65_HS1-834228961_62-HQ-83894_Serial_130
Agency: FBI
Page 44
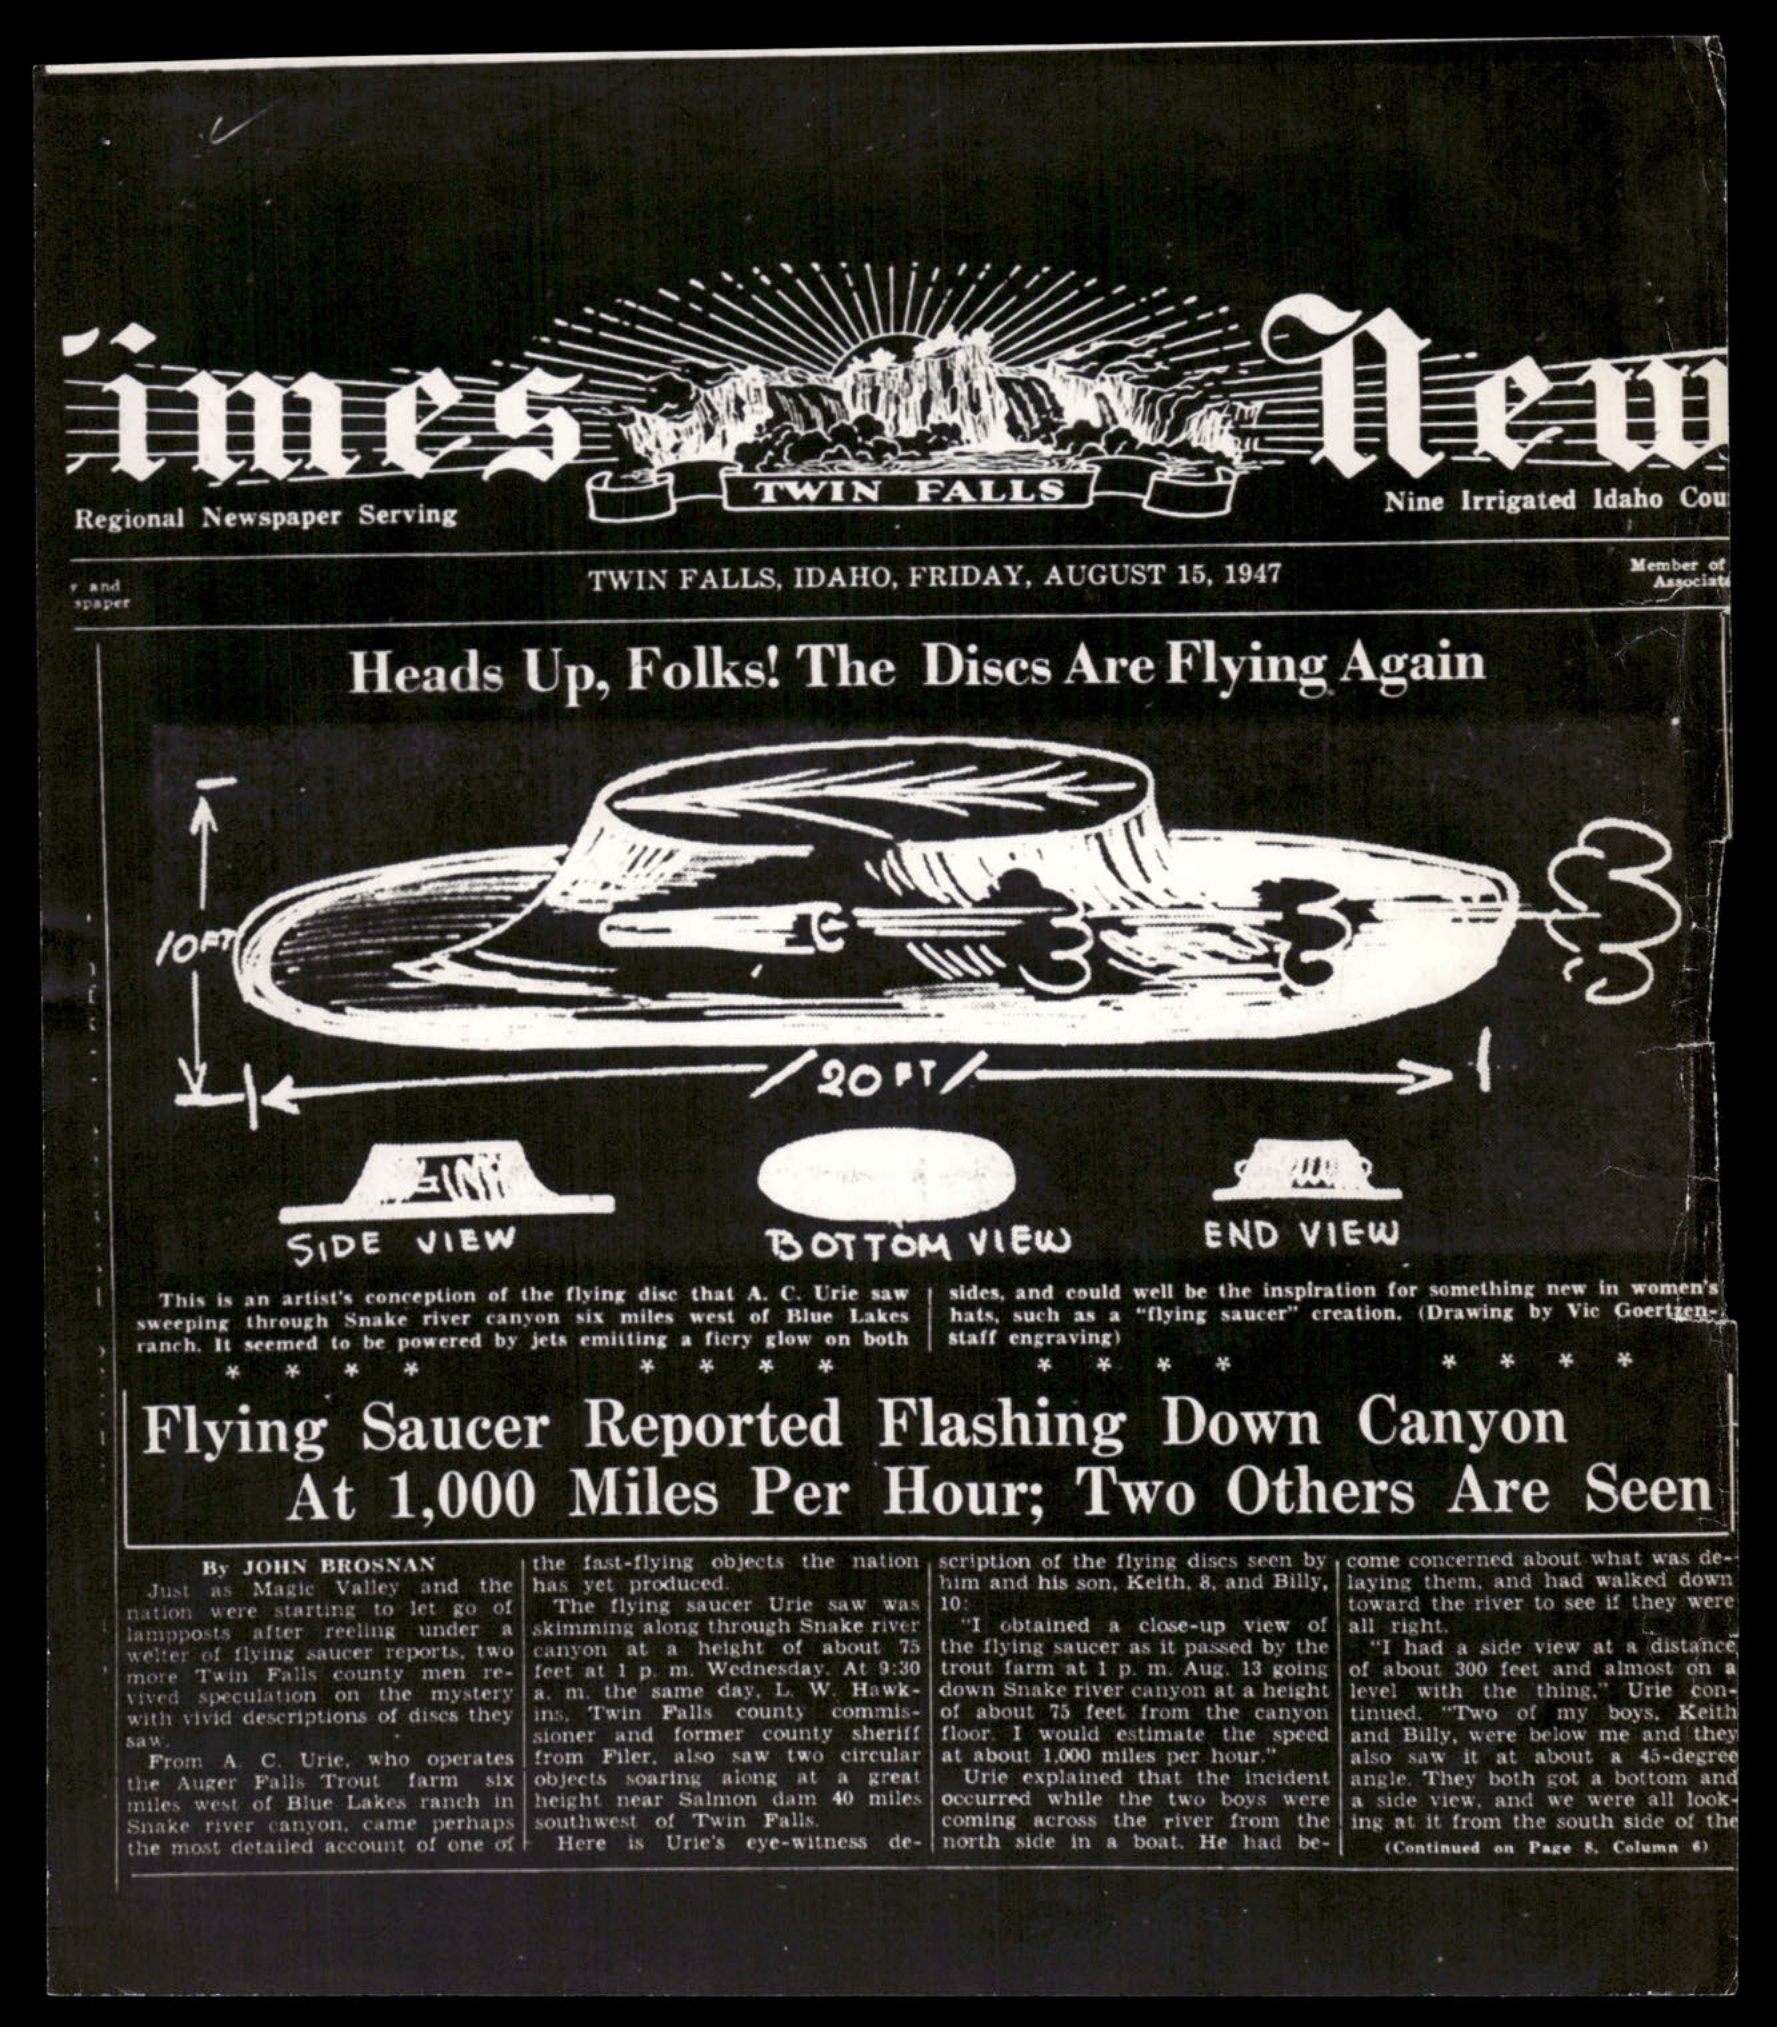